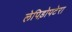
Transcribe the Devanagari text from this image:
लेपिड़ोपटेरा